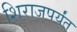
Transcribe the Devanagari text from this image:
शिराजपर्यंत